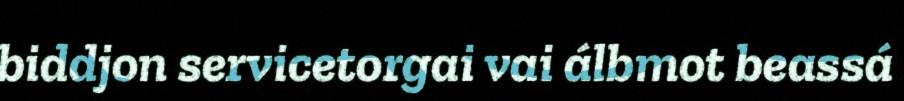
biddjon servicetorgai vai álbmot beassá